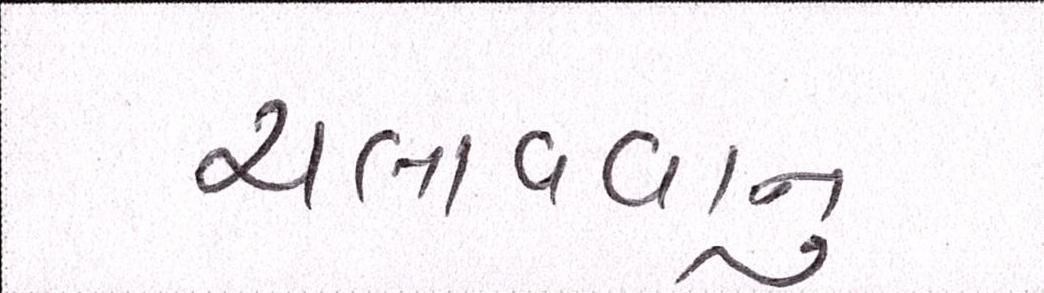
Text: ચલાવવાનુ